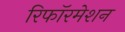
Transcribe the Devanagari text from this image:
रिफॉरमेशन